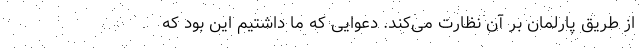
از طریق پارلمان بر آن نظارت می‌کند. دعوایی که ما داشتیم این بود که